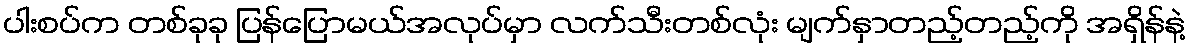
ပါးစပ်က တစ်ခုခု ပြန်ပြောမယ်အလုပ်မှာ လက်သီးတစ်လုံး မျက်နှာတည့်တည့်ကို အရှိန်နဲ့